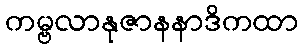
ကမ္ဗလာနုဇာနနာဒိကထာ